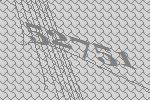
52751